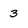
Character: 3